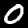
Label: 0